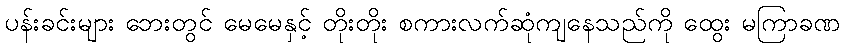
ပန်းခင်းများ ဘေးတွင် မေမေနှင့် တိုးတိုး စကားလက်ဆုံကျနေသည်ကို ထွေး မကြာခဏ